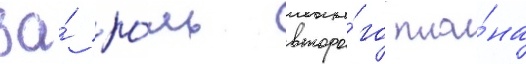
за́ ро́ль второ́го пла́на